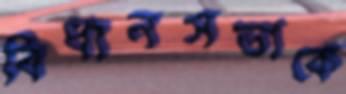
বিধানসভাকে